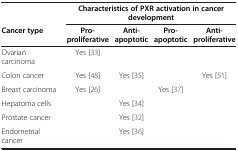
|  | <COLSPAN=4> Characteristics of PXR activation in cancer development |
 | Cancer type | Pro-proliferative | Anti-apoptotic | Pro-apoptotic | Anti-proliferative |
 | --- | --- | --- | --- | --- |
 | Ovarian carcinoma | Yes[33] |  |  |  |
 | Colon cancer | Yes[48] | Yes[35] |  | Yes[51] |
 | Breast carcinoma | Yes[26] |  | Yes[37] |  |
 | Hepatoma cells |  | Yes[34] |  |  |
 | Prostate cancer |  | Yes[32] |  |  |
 | Endometrial cancer |  | Yes[36] |  |  |